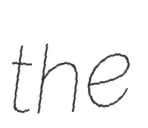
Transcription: the